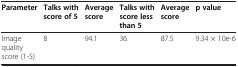
| Parameter | Talks with score of 5 | Average score | Talks with score less than 5 | Average score | p value |
 | --- | --- | --- | --- | --- | --- |
 | Image quality score (1-5) | 8 | 94.1 | 36 | 87.5 | 9.34 × 10e-6 |